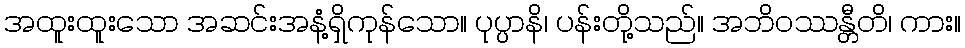
အထူးထူးသော အဆင်းအနံ့ရှိကုန်သော။ ပုပ္ပာနိ၊ ပန်းတို့သည်။ အဘိဝဿန္တီတိ၊ ကား။